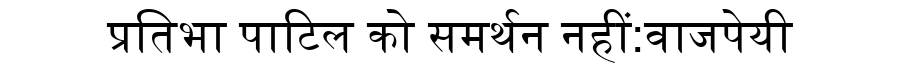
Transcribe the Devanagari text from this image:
प्रतिभा पाटिल को समर्थन नहीं:वाजपेयी